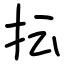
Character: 抎